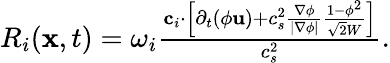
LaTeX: \begin{array}{r}{R_{i}(\mathbf{x},t)=\omega_{i}\frac{\mathbf{c}_{i}\cdot\left[\partial_{t}(\phi\mathbf{u})+c_{s}^{2}\frac{\nabla\phi}{|\nabla\phi|}\frac{1-\phi^{2}}{\sqrt{2}W}\right]}{c_{s}^{2}}.}\end{array}